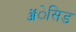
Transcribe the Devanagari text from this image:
ॲेसिड